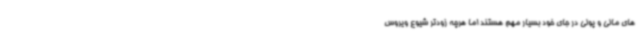
های مالی و پولی در جای خود بسیار مهم هستند اما هرچه زودتر شیوع ویروس